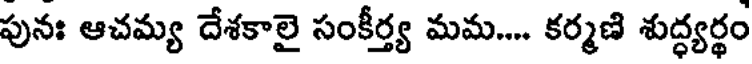
పునః ఆచమ్య దేశకాలై సంకీర్త్య మమ.... కర్మణి శుద్ధ్యర్థం